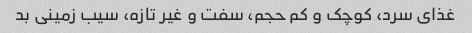
غذای سرد، کوچک و کم حجم، سفت و غیر تازه، سیب زمینی بد